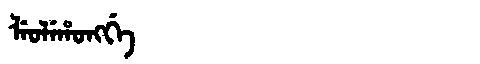
Manchu: ᠯᡝᠣᠯᡝᡥᠣᠩᡤᡝ
Romanization: LEOLEHONGGE